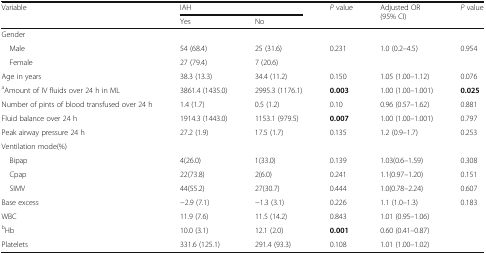
<table><thead><tr><td rowspan="2"><b>Variable</b></td><td colspan="2"><b>IAH</b></td><td rowspan="2"><b><i>P</i> value</b></td><td rowspan="2"><b>Adjusted OR (95% CI)</b></td><td rowspan="2"><b><i>P</i> value</b></td></tr><tr><td><b>Yes</b></td><td><b>No</b></td></tr></thead><tbody><tr><td colspan="6">Gender</td></tr><tr><td> Male</td><td>54 (68.4)</td><td>25 (31.6)</td><td>0.231</td><td>1.0 (0.2–4.5)</td><td>0.954</td></tr><tr><td> Female</td><td>27 (79.4)</td><td>7 (20.6)</td><td></td><td></td><td></td></tr><tr><td>Age in years</td><td>38.3 (13.3)</td><td>34.4 (11.2)</td><td>0.150</td><td>1.05 (1.00–1.12)</td><td>0.076</td></tr><tr><td><sup>a</sup>Amount of IV fluids over 24 h in ML</td><td>3861.4 (1435.0)</td><td>2995.3 (1176.1)</td><td><b>0.003</b></td><td>1.00 (1.00–1.001)</td><td><b>0.025</b></td></tr><tr><td>Number of pints of blood transfused over 24 h</td><td>1.4 (1.7)</td><td>0.5 (1.2)</td><td>0.10</td><td>0.96 (0.57–1.62)</td><td>0.881</td></tr><tr><td>Fluid balance over 24 h</td><td>1914.3 (1443.0)</td><td>1153.1 (979.5)</td><td><b>0.007</b></td><td>1.00 (1.00–1.001)</td><td>0.797</td></tr><tr><td>Peak airway pressure 24 h</td><td>27.2 (1.9)</td><td>17.5 (1.7)</td><td>0.135</td><td>1.2 (0.9–1.7)</td><td>0.253</td></tr><tr><td colspan="6">Ventilation mode(%)</td></tr><tr><td> Bipap</td><td>4(26.0)</td><td>1(33.0)</td><td>0.139</td><td>1.03(0.6–1.59)</td><td>0.308</td></tr><tr><td> Cpap</td><td>22(73.8)</td><td>2(6.0)</td><td>0.241</td><td>1.1(0.97–1.20)</td><td>0.151</td></tr><tr><td> SIMV</td><td>44(55.2)</td><td>27(30.7)</td><td>0.444</td><td>1.0(0.78–2.24)</td><td>0.607</td></tr><tr><td>Base excess</td><td>−2.9 (7.1)</td><td>−1.3 (3.1)</td><td>0.226</td><td>1.1 (1.0–1.3)</td><td>0.183</td></tr><tr><td>WBC</td><td>11.9 (7.6)</td><td>11.5 (14.2)</td><td>0.843</td><td>1.01 (0.95–1.06)</td><td></td></tr><tr><td><sup>b</sup>Hb</td><td>10.0 (3.1)</td><td>12.1 (2.0)</td><td><b>0.001</b></td><td>0.60 (0.41–0.87)</td><td></td></tr><tr><td>Platelets</td><td>331.6 (125.1)</td><td>291.4 (93.3)</td><td>0.108</td><td>1.01 (1.00–1.02)</td><td></td></tr></tbody></table>